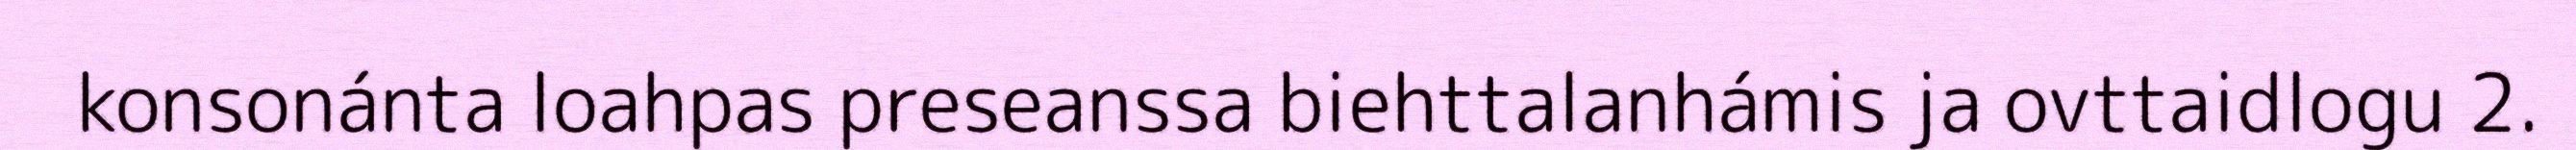
konsonánta loahpas preseanssa biehttalanhámis ja ovttaidlogu 2.